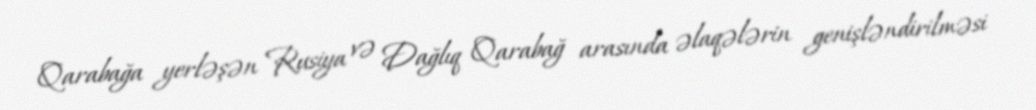
Qarabağa yerləşən Rusiya və Dağlıq Qarabağ arasında əlaqələrin genişləndirilməsi